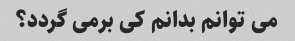
می توانم بدانم کی برمی گردد؟